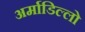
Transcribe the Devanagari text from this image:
अर्माडिल्लो